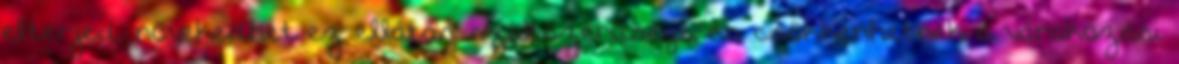
elterjed, növekedhet ez ellátás szakszerűsége, és csökkenhetnek a várakozási